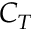
C _ { T }